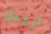
ترومان